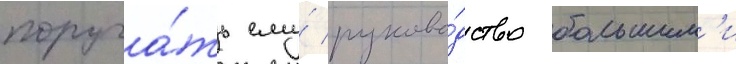
поруча́ть ему́ руково́дство большим'и